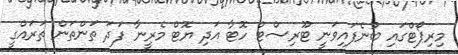
މިރިޕޯޓްގައި ބުނެފައިވަނީ ޓޫރިސްޓް ހޮޓާ އަދި ޔޮޓް މެރީނާ ފަދަ ތަންތަން ތަރައްގީ